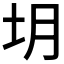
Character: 𪢻